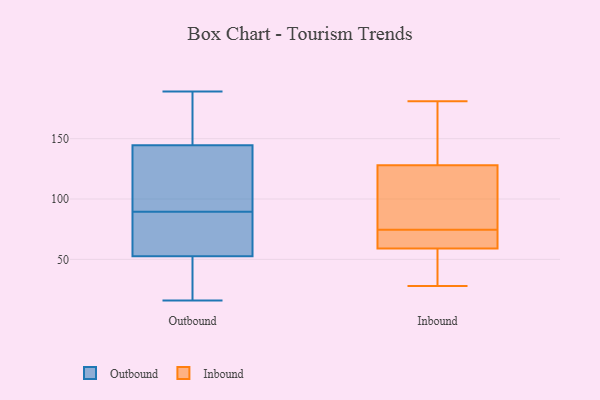
{"axis": {"x": "Shipments", "y": "Value"}, "legend": ["Inbound", "Outbound"], "data": [{"x": "", "y": 189, "type": "Outbound"}, {"x": "", "y": 107, "type": "Outbound"}, {"x": "", "y": 21, "type": "Outbound"}, {"x": "", "y": 121, "type": "Outbound"}, {"x": "", "y": 187, "type": "Outbound"}, {"x": "", "y": 101, "type": "Outbound"}, {"x": "", "y": 78, "type": "Outbound"}, {"x": "", "y": 75, "type": "Outbound"}, {"x": "", "y": 168, "type": "Outbound"}, {"x": "", "y": 55, "type": "Outbound"}, {"x": "", "y": 50, "type": "Outbound"}, {"x": "", "y": 16, "type": "Outbound"}, {"x": "", "y": 158, "type": "Inbound"}, {"x": "", "y": 128, "type": "Inbound"}, {"x": "", "y": 181, "type": "Inbound"}, {"x": "", "y": 45, "type": "Inbound"}, {"x": "", "y": 125, "type": "Inbound"}, {"x": "", "y": 75, "type": "Inbound"}, {"x": "", "y": 62, "type": "Inbound"}, {"x": "", "y": 74, "type": "Inbound"}, {"x": "", "y": 28, "type": "Inbound"}, {"x": "", "y": 59, "type": "Inbound"}]}